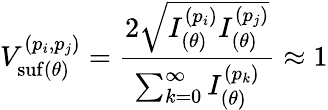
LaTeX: V_{\mathrm{suf}(\theta)}^{(p_{i},p_{j})}=\frac{2\sqrt{I_{(\theta)}^{(p_{i})}I_{(\theta)}^{(p_{j})}}}{\sum_{k=0}^{\infty}I_{(\theta)}^{(p_{k})}}\approx 1